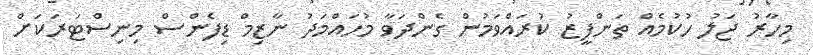
މިހާރު ޖަލު ހުކުމެއް ތަންފީޒު ކުރައްވަމުން ގެންދަވާ މުހައްމަދު ނާޒިމް ޑިފެންސް މިނިސްޓަރަކަށް